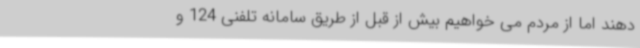
دهند اما از مردم می خواهیم بیش از قبل از طریق سامانه تلفنی 124 و